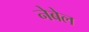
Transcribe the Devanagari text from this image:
नेबेल